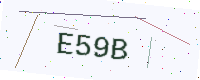
Text: E59B